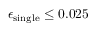
\epsilon _ { \mathrm { s i n g l e } } \leq 0 . 0 2 5